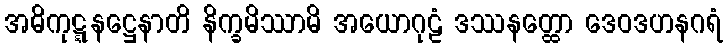
အဓိကုဋ္ဋနဋ္ဌေနာတိ နိက္ခမိဿာမိ အယောဂုဠံ ဒဿနတ္ထော ဒေဝဒဟနဂရံ